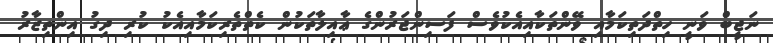
ނަޖީބް ވަނީ ހިތްދަތިކަމާއި ވޭންތަކާއިއެކުވެސް ފަސިންޖަރުންގެ ޢާއިލާތަކުން ކެތްތެރިކަމާއިއެކު ކުރި ދިގު އިންތިޒާރު